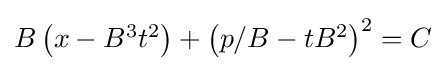
{\textstyle B\left(x-B^{3}t^{2}\right)+\left(p/B-tB^{2}\right)^{2}=C}